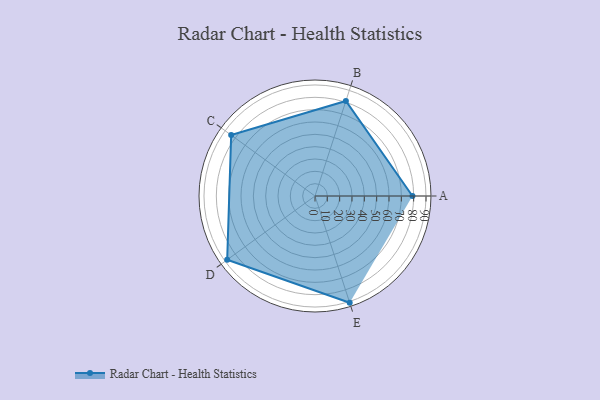
{"axis": {"x": "Skill", "y": "Score"}, "legend": ["Profile"], "data": [{"x": "A", "y": 79.0, "type": "Profile"}, {"x": "B", "y": 81.0, "type": "Profile"}, {"x": "C", "y": 84.0, "type": "Profile"}, {"x": "D", "y": 88.0, "type": "Profile"}, {"x": "E", "y": 91.0, "type": "Profile"}]}